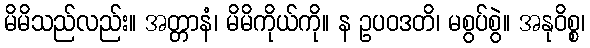
မိမိသည်လည်း။ အတ္တာနံ၊ မိမိကိုယ်ကို။ န ဥပဝဒတိ၊ မစွပ်စွဲ။ အနုဝိစ္စ၊